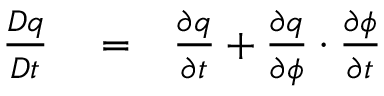
\begin{array} { r l r } { \frac { D q } { D t } } & { { } = } & { \frac { \partial q } { \partial t } + \frac { \partial q } { \partial \phi } \cdot \frac { \partial \phi } { \partial t } } \end{array}